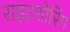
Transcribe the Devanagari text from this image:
राइटशोरिंग